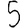
Digit: 5